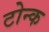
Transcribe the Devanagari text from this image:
टोन्क